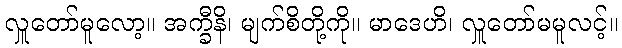
လှူတော်မူလော့။ အက္ခီနိ၊ မျက်စိတို့ကို။ မာဒေဟိ၊ လှူတော်မမူလင့်။